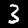
Digit: 3